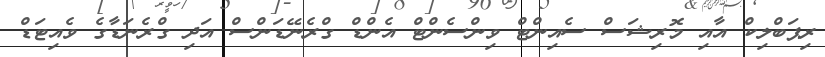
ރިޕަބްލިކް އާއި މޮރިޝަސް ސެއިންޓް ވިންސެންޓް އެންޑް ގްރެނޭޑަންސް އަދި ގްރެނަޑާގެ ވެއިޓަޑް